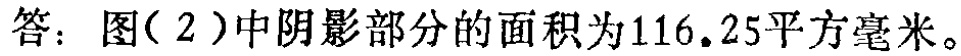
答：图(2)中阴影部分的面积为\(116.25\)平方毫米。